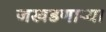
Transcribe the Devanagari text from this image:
जखडणाऱ्या